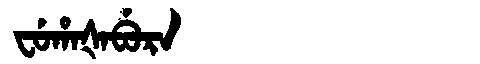
Manchu: ᠸᡠᡥᠠᡧᠠᠪᡠᡵᠠ
Romanization: FUHAŠABURA